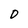
Character: D